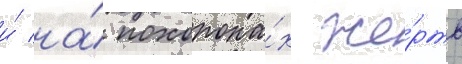
и́ на́ похорона́х же́ртв